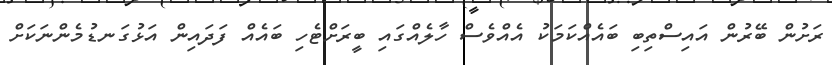
ރަށުން ބޭރުން އައިސްތިބި ބައެއްކަމަކު އެއްވެސް ހާލެއްގައި ބީރަށްޓެހި ބައެއް ފަދައިން އަޅުގަނޑުމެންނަކަށް